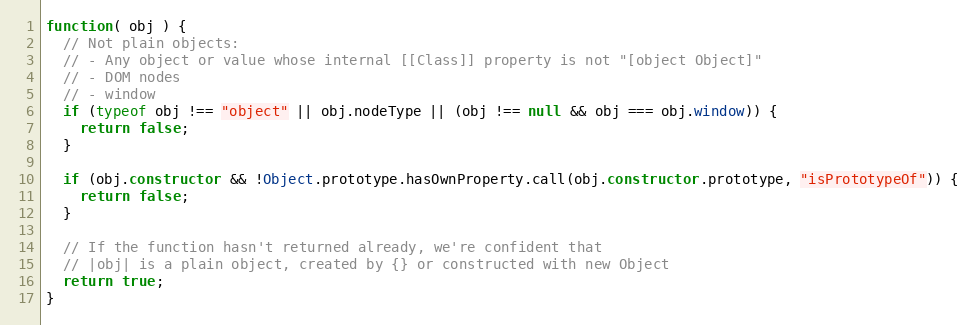
Language: JavaScript
function( obj ) {
  // Not plain objects:
  // - Any object or value whose internal [[Class]] property is not "[object Object]"
  // - DOM nodes
  // - window
  if (typeof obj !== "object" || obj.nodeType || (obj !== null && obj === obj.window)) {
    return false;
  }

  if (obj.constructor && !Object.prototype.hasOwnProperty.call(obj.constructor.prototype, "isPrototypeOf")) {
    return false;
  }

  // If the function hasn't returned already, we're confident that
  // |obj| is a plain object, created by {} or constructed with new Object
  return true;
}